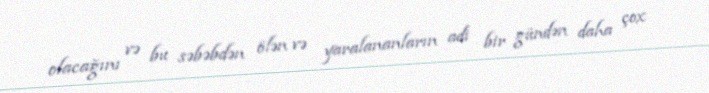
olacağını və bu səbəbdən ölən və yaralananların adi bir gündən daha çox